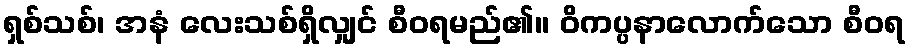
ရှစ်သစ်၊ အနံ လေးသစ်ရှိလျှင် စီဝရမည်၏။ ဝိကပ္ပနာလောက်သော စီဝရ